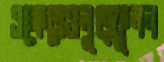
এক্ষেত্রেওলুত্ফুনন